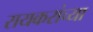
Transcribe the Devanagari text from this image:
रायकरांच्या